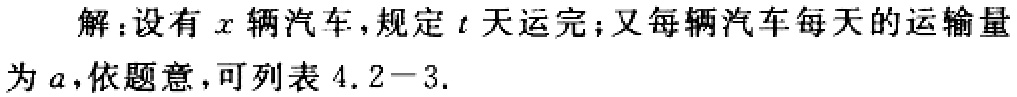
解：设有\(x\)辆汽车，规定\(t\)天运完；又每辆汽车每天的运输量为\(a\)，依题意，可列表 \(4.2 - 3\).